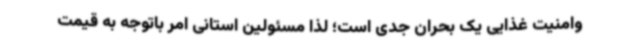
وامنیت غذایی یک بحران جدی است؛ لذا مسئولین استانی امر باتوجه به قیمت